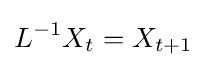
L^{-1}X_{t}=X_{t+1}